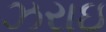
ઝરાઇ